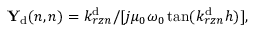
{ \bf Y } _ { \mathrm { d } } ( n , n ) = { k _ { r z n } ^ { \mathrm { d } } } / [ { j \mu _ { 0 } \omega _ { 0 } \tan ( k _ { r z n } ^ { \mathrm { d } } { h } ) } ] ,